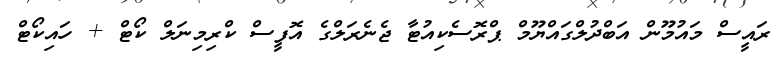
ރައީސް މައުމޫން އަބްދުލްގައްޔޫމް ޕްރޮސެކިއުޓާ ޖެނެރަލްގެ އޮފީސް ކްރިމިނަލް ކޯޓް + ހައިކޯޓް